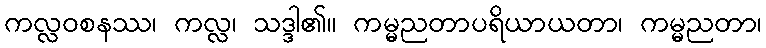
ကလ္လဝစနဿ၊ ကလ္လ၊ သဒ္ဒါ၏။ ကမ္မညတာပရိယာယတာ၊ ကမ္မညတာ၊